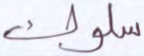
سلوك